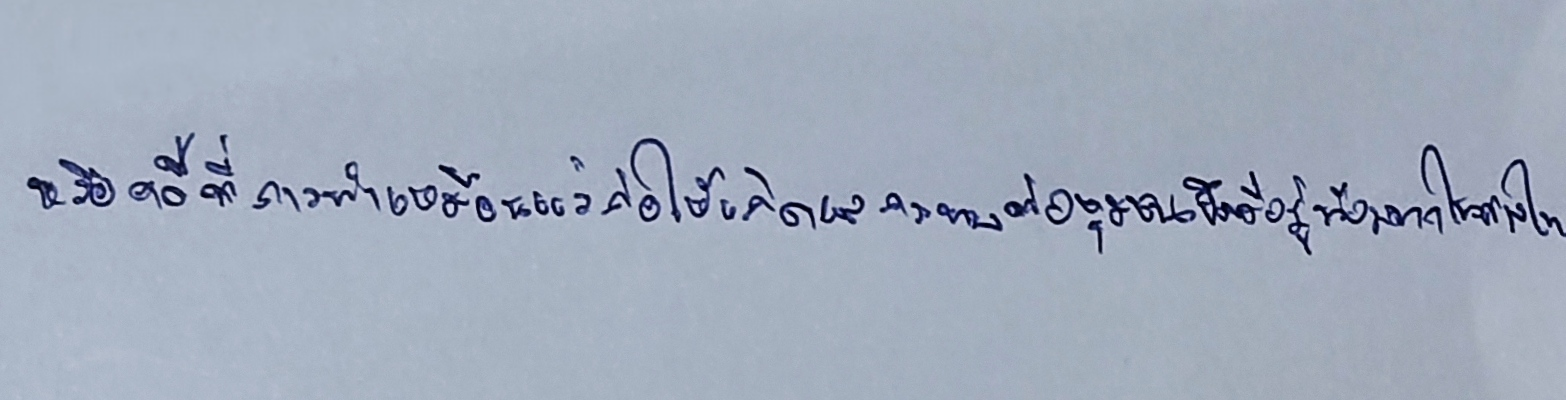
หรือคดีที่การทำเหมืองแร่ก่อให้เกิดผลกระทบต่อชุมชนจึงมีอยู่น้อยมากในศาลไทย